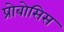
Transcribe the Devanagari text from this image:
प्रोबोसिस